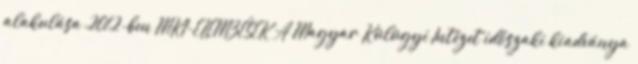
alakulása 2012-ben MKI-ELEMZÉSEK A Magyar Külügyi Intézet időszaki kiadványa